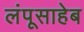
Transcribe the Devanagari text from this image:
लंपूसाहेब